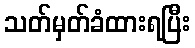
သတ်မှတ်ခံထားရပြီး